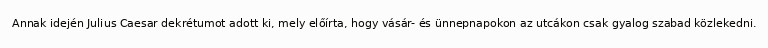
Annak idején Julius Caesar dekrétumot adott ki, mely előírta, hogy vásár- és ünnepnapokon az utcákon csak gyalog szabad közlekedni.